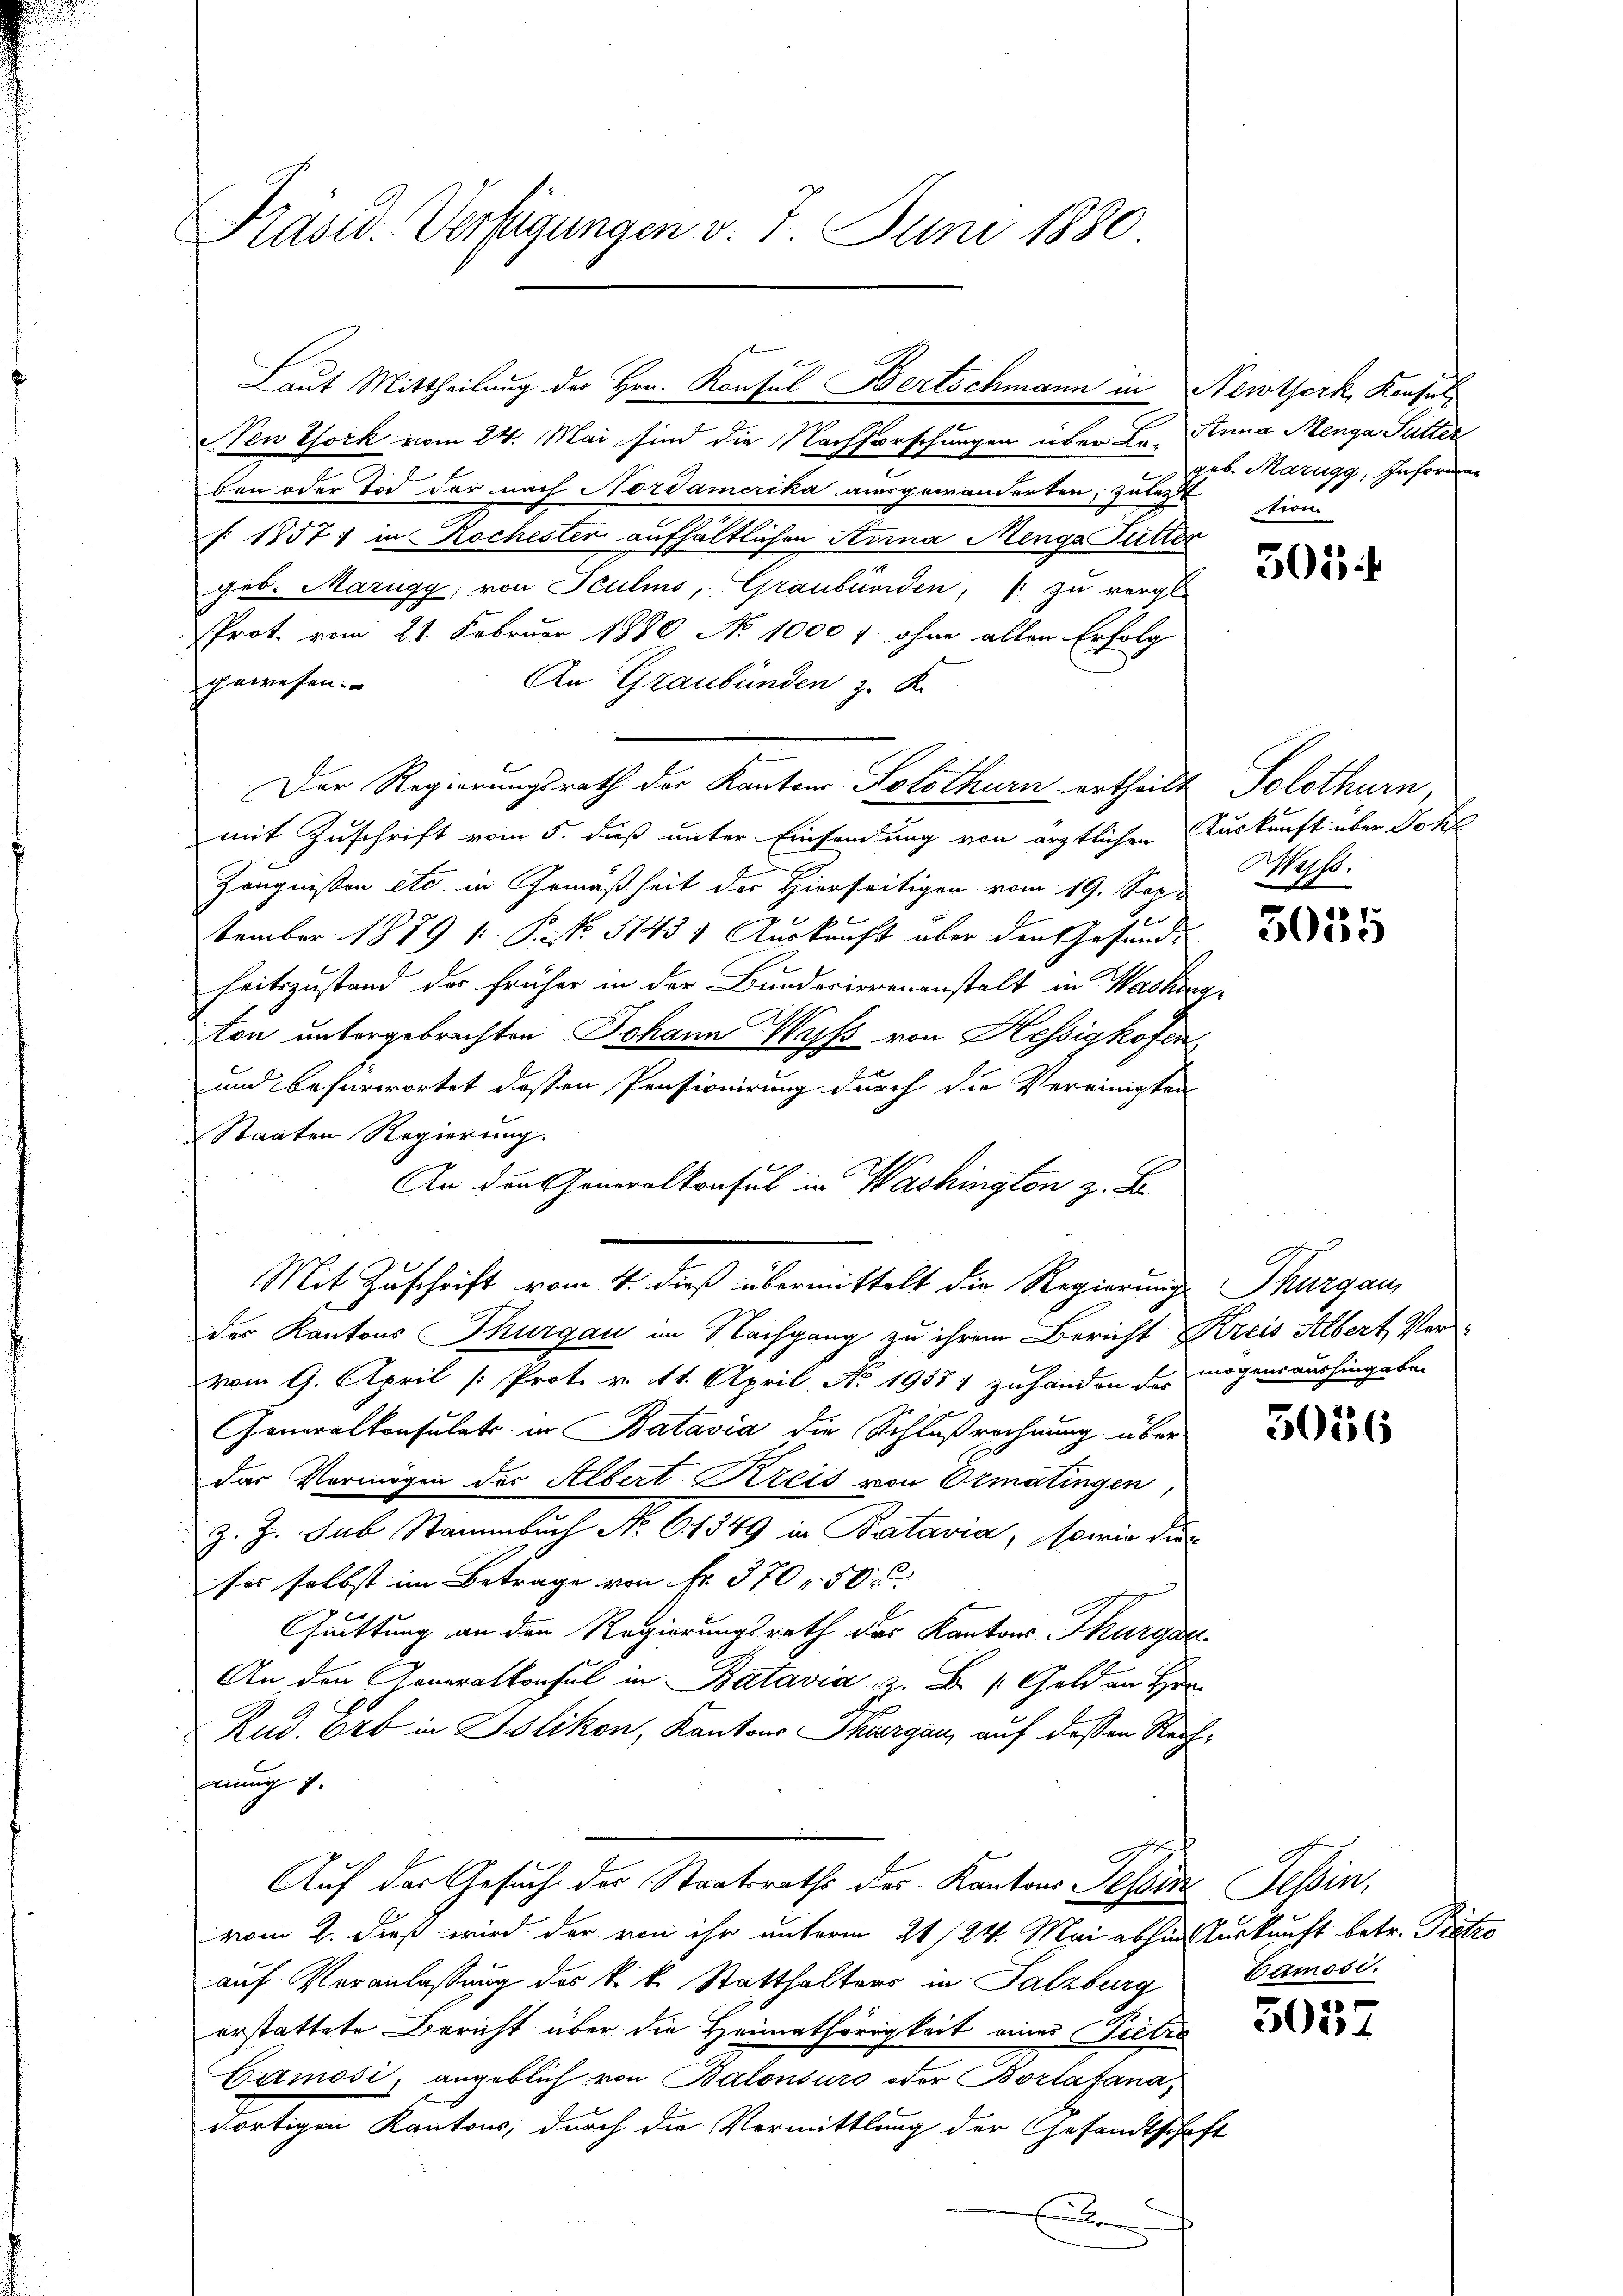
C

Präsid. Verfügungen v. 7. Juni 1880

ew York vom 24. Mai sind die Nachforschungen über Le- Anna Menga Sutter
ben oder Tod der nach Nordamerika ausgewänderten, zulast trou
§ 1857; in Rochester aufhältlichen Arina Menge Futter
geb. Marugg, von Sculins, Graubünden,   zu vergl.
PProt. vom 21. Februar 1880 No 1000 f ohne alten Erfolg
gewesen.
An Graubünden, z. K.
Der Regierungsrath der Kantons Solothurn ertheilt Solothurn,
mit Zuschrift vom 5. dieß unter Einsamlung von ärztlichen Auskunft über Jose
Zeugnissen etc. in Gemäßheit der Hierseitigen vom 19. Sep
tember 1879 (: P. N. 51431 Auskunft aber den Gesundheitszustand der früher in der Bunderierenanstalt in Washing
ston untergebrachten Johann Wyss von Hessigkofen
und befürwortet dessen Pensionirung durch die Vereinigten
Staaten Regierung.
An den Generalkonsul in Washington z. B.
der Kantons Thurgau im Nachgang zu ihrem Bericht Kreis Albert Ver-
vom 9. April [ Prot. v. 11. April. No. 19371 zuhanden des mögensaushingebe-
Generalkonsulats in Batavia die Schlußrechnung über
Das Vermögen der Albert Kreis von Ormatingen
z. Z. sub Stammbuch No. 6. 1349 in Batavia, sowie die
ser selbst im Betrage von Fr. 370 f. 50
Quittung an den Regierungsrath des Kantons Thurgau
An den Generalkonsul in Batavia, z. B. Geld an H
Rud. Erb in Islikon, Kantons Thurgau, auf deßen Rechmnng i.
Auf der Gesuch der Staatsraths der Kantons Tessin Tessin,
vom 2. dieß wird der von ihr unterm 21./24. Mai abhin Auskunft betr. Präten
auf Veranlassung des k. k. Statthalters in Salzburg
erstattete Bericht über die Heimathörigkeit eines Pietra
Gamosi, angeblich von Balonsuro oder Borlafana,
dortigen Kantons, durch die Vermittlung der Gesandtschaft
E

Laut Mittheilung der Hrn. Konsul Bertschmann in Newtork, Konsul

Mit Zuschrift vom 4. dieß übermittelt die Regierung Thurgau,

geb. Marugg, Informen

5054

Mus.

5035

3056

Damosi.

3057